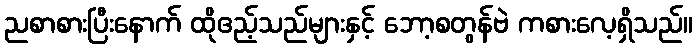
ညစာစားပြီးနောက် ထိုဧည့်သည်များနှင့် ဘော့စတွန်ဗဲ ကစားလေ့ရှိသည်။